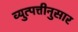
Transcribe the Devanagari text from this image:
व्युत्पत्तीनुसार